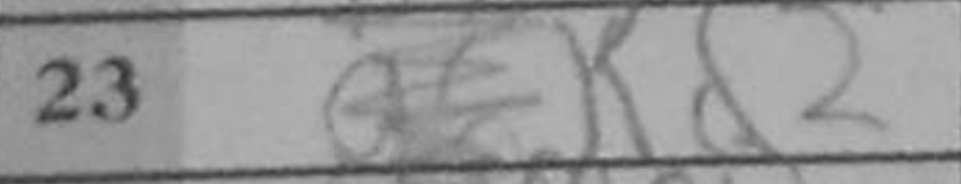
Transcription: Kd2